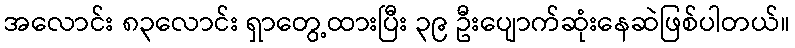
အလောင်း ၈၃လောင်း ရှာတွေ့ထားပြီး ၃၉ ဦးပျောက်ဆုံးနေဆဲဖြစ်ပါတယ်။